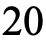
20